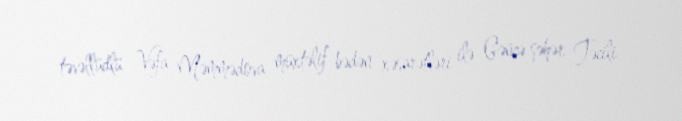
təvəllüdlü Vəfa Məmmədova müxtəlif bədən xəsarətləri ilə Gəncə şəhər Təcili